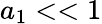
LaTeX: a_{1}<<1